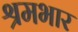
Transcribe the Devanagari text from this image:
श्रमभार